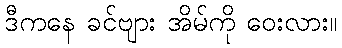
ဒီကနေ ခင်ဗျား အိမ်ကို ဝေးလား။